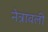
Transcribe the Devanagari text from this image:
नेत्रावली